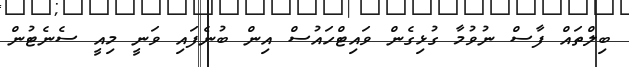
ބިލްތައް ފާސް ނުވުމާ ގުޅިގެން ވައިޓްހައުސް އިން ބުނެފައި ވަނީ މިއީ ސެނެޓުން